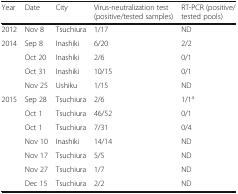
<table><thead><tr><td><b>Year</b></td><td><b>Date</b></td><td><b>City</b></td><td><b>Virus-neutralization test (positive/tested samples)</b></td><td><b>RT-PCR (positive/tested pools)</b></td></tr></thead><tbody><tr><td>2012</td><td>Nov 8</td><td>Tsuchiura</td><td>1/17</td><td>ND</td></tr><tr><td>2014</td><td>Sep 8</td><td>Inashiki</td><td>6/20</td><td>2/2</td></tr><tr><td></td><td>Oct 20</td><td>Inashiki</td><td>2/6</td><td>0/1</td></tr><tr><td></td><td>Oct 31</td><td>Inashiki</td><td>10/15</td><td>0/1</td></tr><tr><td></td><td>Nov 25</td><td>Ushiku</td><td>1/15</td><td>ND</td></tr><tr><td>2015</td><td>Sep 28</td><td>Tsuchiura</td><td>2/6</td><td>1/1<sup>a</sup></td></tr><tr><td></td><td>Oct 1</td><td>Tsuchiura</td><td>46/52</td><td>0/1</td></tr><tr><td></td><td>Oct 1</td><td>Tsuchiura</td><td>7/31</td><td>0/4</td></tr><tr><td></td><td>Nov 10</td><td>Inashiki</td><td>14/14</td><td>ND</td></tr><tr><td></td><td>Nov 17</td><td>Tsuchiura</td><td>5/5</td><td>ND</td></tr><tr><td></td><td>Nov 27</td><td>Tsuchiura</td><td>1/7</td><td>ND</td></tr><tr><td></td><td>Dec 15</td><td>Tsuchiura</td><td>2/2</td><td>ND</td></tr></tbody></table>